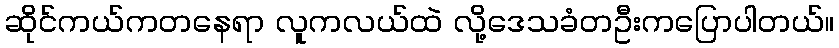
ဆိုင်ကယ်ကတနေရာ လူကလယ်ထဲ လို့ဒေသခံတဦးကပြောပါတယ်။